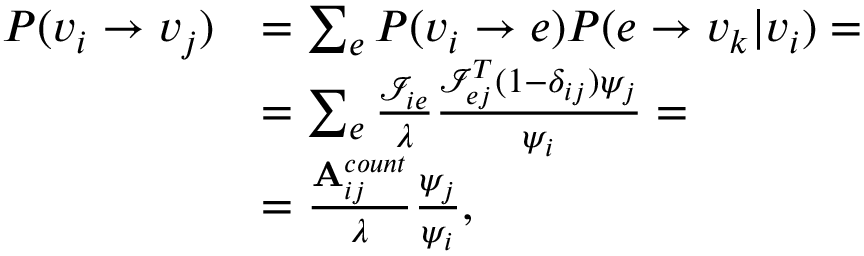
\begin{array} { r l } { P ( v _ { i } \rightarrow v _ { j } ) } & { = \sum _ { e } P ( v _ { i } \rightarrow e ) P ( e \rightarrow v _ { k } | v _ { i } ) = } \\ & { = \sum _ { e } \frac { \mathcal { I } _ { i e } } { \lambda } \frac { \mathcal { I } _ { e j } ^ { T } ( 1 - \delta _ { i j } ) \psi _ { j } } { \psi _ { i } } = } \\ & { = \frac { \mathbf { A } _ { i j } ^ { c o u n t } } { \lambda } \frac { \psi _ { j } } { \psi _ { i } } , } \end{array}